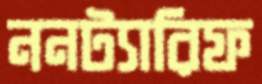
ননট্যারিফ